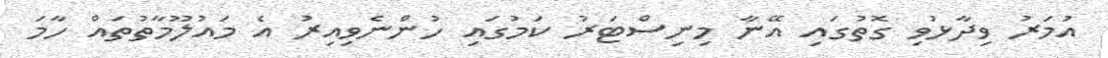
އުމަރު ވިދާޅުވި ގޮތުގައި އޭނާ މިނިސްޓަރު ކަމުގައި ހުންނެވިއިރު އެ މައުލޫމާތުތައް ހާމަ